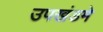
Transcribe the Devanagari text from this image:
उपखंडमे